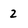
Character: 2